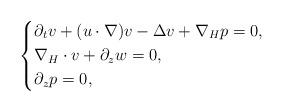
LaTeX: \begin{align*}\left\{\begin{aligned}&\partial_tv+(u\cdot\nabla)v-\Delta v+\nabla_Hp=0,\\&\nabla_H\cdot v+\partial_zw=0,\\&\partial_zp=0,\end{aligned}\right.\end{align*}